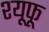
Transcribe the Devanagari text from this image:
श्यूफू